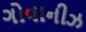
ગોવાનીઝ